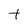
Character: t